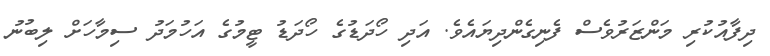
ދިފާއުކުރި މަންޒަރުވެސް ފެނިގެންދިޔައެވެ. އަދި ހޯދަޑުގެ ހޯދަޑު ޓީމުގެ އަހުމަދު ސިމާހަށް ލިބުނު